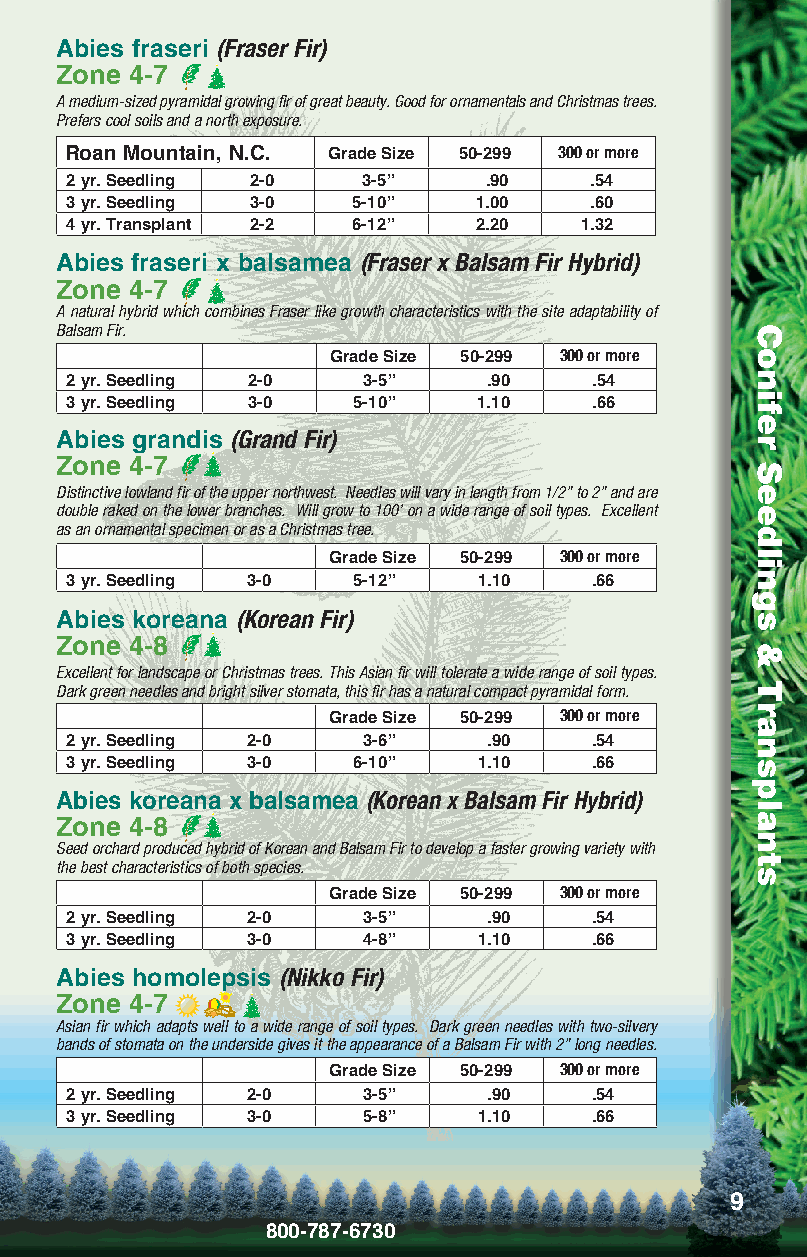
Abies fraseri (Fraser Fir)
 Zone 4-7
 A medium-sized pyramidal growing fir of great beauty. Good for ornamentals and Christmas trees.
 Prefers cool soils and a north exposure.
 Roan Mountain, N.C. Grade Size 50-299 300 or more
 2 yr. Seedling 2-0  3-5”    .90    .54
 3 yr. Seedling 3-0 5-10”    1.00   .60
 4 yr. Transplant 2-2 6-12”  2.20  1.32
 Abies fraseri x balsamea (Fraser x Balsam Fir Hybrid)
 Zone 4-7
 A natural hybrid which combines Fraser like growth characteristics with the site adaptability of
 Balsam Fir.
 Grade Size 50-299 300 or more
 2 yr. Seedling 2-0  3-5”    .90    .54
 3 yr. Seedling 3-0 5-10”    1.10   .66
 Abies grandis (Grand Fir)
 Zone 4-7
 Distinctive lowland fir of the upper northwest. Needles will vary in length from 1/2” to 2” and are
 double raked on the lower branches. Will grow to 100’ on a wide range of soil types. Excellent
 as an ornamental specimen or as a Christmas tree.
 Grade Size 50-299 300 or more
 3 yr. Seedling 3-0 5-12”    1.10   .66
 Abies koreana (Korean Fir)
 Zone 4-8
 Excellent for landscape or Christmas trees. This Asian fir will tolerate a wide range of soil types.
 Dark green needles and bright silver stomata, this fir has a natural compact pyramidal form.
 Grade Size 50-299 300 or more
 2 yr. Seedling 2-0  3-6”    .90    .54
 3 yr. Seedling 3-0 6-10”    1.10   .66
 Abies koreana x balsamea (Korean x Balsam Fir Hybrid)
 Zone 4-8
 Seed orchard produced hybrid of Korean and Balsam Fir to develop a faster growing variety with
 the best characteristics of both species.
 Grade Size 50-299 300 or more
 2 yr. Seedling 2-0  3-5”    .90    .54
 3 yr. Seedling 3-0  4-8”    1.10   .66
 Abies homolepsis (Nikko Fir)
 Zone 4-7
 Asian fir which adapts well to a wide range of soil types. Dark green needles with two-silvery
 bands of stomata on the underside gives it the appearance of a Balsam Fir with 2” long needles.
 Grade Size 50-299 300 or more
 2 yr. Seedling 2-0  3-5”    .90    .54
 3 yr. Seedling 3-0  5-8”    1.10   .66
 9
 800-787-6730
 Conifer
 Seedlings
 &
 Transplants